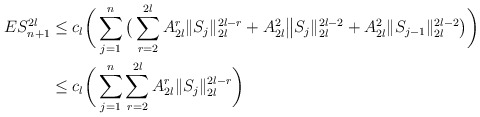
\begin{align*}ES_{n+1}^{2l}&\le c_l \bigg(\sum_{j=1}^n\big( \sum_{r=2}^{2l} A_{2l}^r\|S_j\|_{2l}^{2l-r}+A_{2l}^2\big \|S_j\|_{2l}^{2l-2}+ A_{2l}^2\|S_{j-1}\|_{2l}^{2l-2}\big) \bigg)\\&\le c_l \bigg(\sum_{j=1}^n\sum_{r=2}^{2l} A_{2l}^r \|S_j\|_{2l}^{2l-r} \bigg)\end{align*}